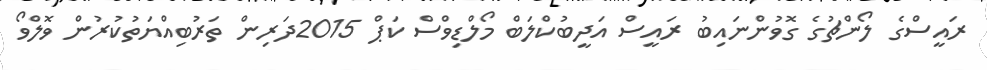
ރައީސްގެ ލޯންޗުގެ ގޮވުންނައިބު ރައީސް އަދީބުކްލަބް މޯލްޑިވްސް ކަޕް 2015ދަރިން ތަރުބިއްޔަތުކުރުން ވޮލްވޯ